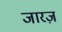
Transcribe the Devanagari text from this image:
जारज़